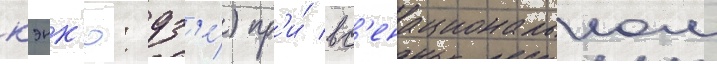
кэнк'ю: дз'е́) пр'и́ вс'енациональном